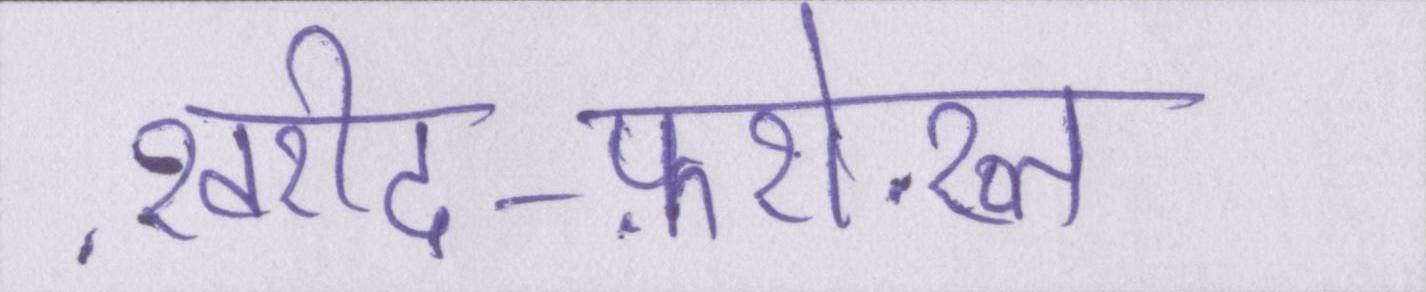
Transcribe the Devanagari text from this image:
ख़रीद-फ़रोख़्त